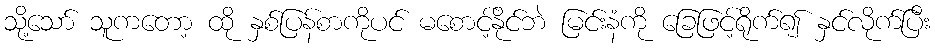
သို့သော် သူကတော့ ထို နှစ်ပြန်စာကိုပင် မစောင့်နိုင်ဘဲ မြင်းနံကို ခြေဖြင့်ရိုက်၍ နှင်လိုက်ပြီး